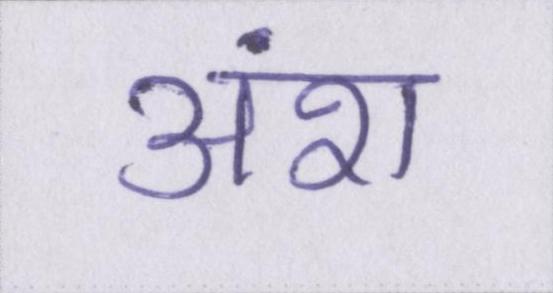
अंश